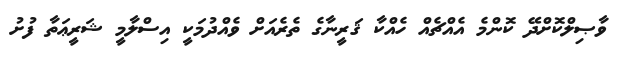
ވާޞިލްކޮށްދޭ ކޮންމެ އެއްޗެއް ހެއްކާ ޤަރީނާގެ ތެރެއަށް ވެއްދުމަކީ އިސްލާމީ ޝަރީޢަތާ ފުށު